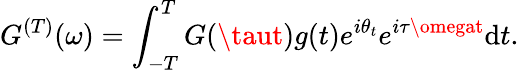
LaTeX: {G}^{(T)}(\omega)=\int_{-T}^{T}G(\taut)g(t)e^{i\theta_{t}}e^{i\tau\omegat}\mathrm{d}t.